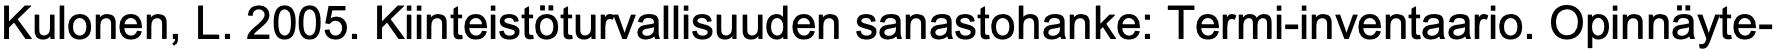
Kulonen, L. 2005. Kiinteistöturvallisuuden sanastohanke: Termi-inventaario. Opinnäyte-